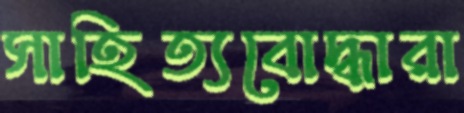
সাহিত্যবোদ্ধারা